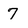
Character: 7